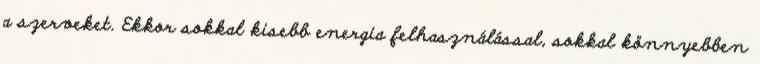
a szerveket. Ekkor sokkal kisebb energia felhasználással, sokkal könnyebben